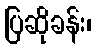
ပြဆိုခန်း၊